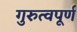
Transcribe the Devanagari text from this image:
गुरुत्वपूर्ण